Annual administration report of the Civil Veterinary Department of India - 1896-1897
Year: 1896
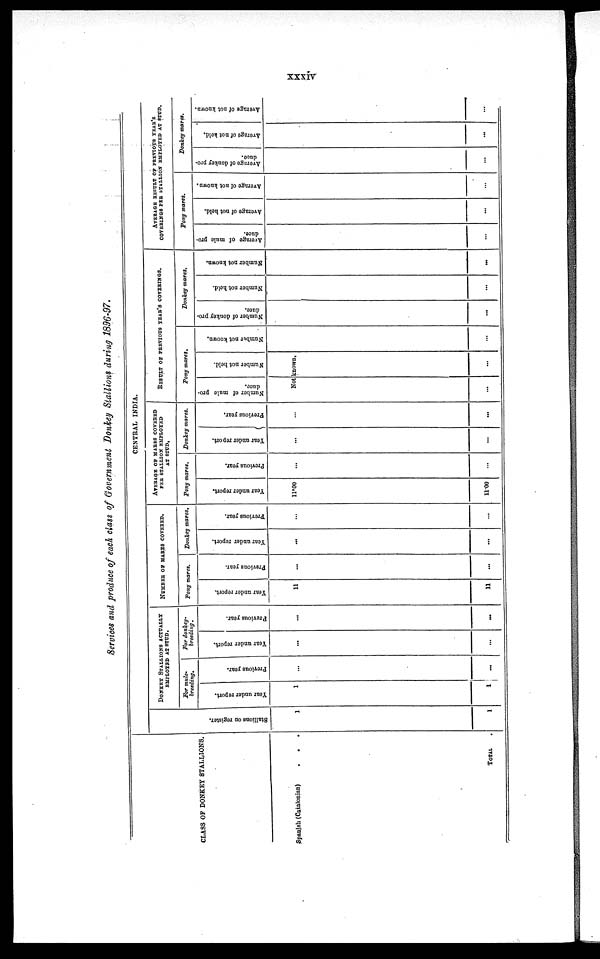
xxxiv
Services and produce of each class of Government Donkey Stallions during 1896-97.
CLASS OF DONKEY STALLIONS.
Spanish (Catalonian)
.
.
.
TOTAL
CENTRAL INDIA.
Stallions on register.
1
1
DONKEY STALLIONS ACTUALLY
EMPLOYED AT STUD.
For mule-
breeding.
Year under report.
1
1
Previous year.
...
...
For donkey-
breeding.
Year under report.
...
...
Previous year.
...
...
NUMBER OF MARES COVERED,
Pony mares.
Year under report.
11
11
Previous year.
...
...
Donkey mares.
Year under report.
...
...
Previous year.
...
...
AVERAGE OF MARES COVERED PER STALLION EMPLOYED
AT STUD.
Pony mares.
Year under report.
11.00
11.00
Previous year.
...
...
Donkey mares.
Year under report.
...
...
Previous year.
...
...
RESULT OF PREVIOUS YEAR'S COVERINGS.
Pony mares.
Number of mule pro-
duce.
Number not held.
Not known.
...
...
Number
not known.
...
...
Donkey mares.
Number of donkey pro-
duce.
...
...
Number not held.
...
...
Number not known.
...
...
AVERAGE RESULT OF PREVIOUS YEAR'S
COVERINGS PER STALLION EMPLOYED AT STUD.
Pony mares.
Average of mule pro-
duce.
...
...
Average of not held.
...
...
Average of not known.
...
...
Donkey mares.
Average of donkey pro-
duce.
...
...
Average of not held.
...
...
Average of not known.
...
...